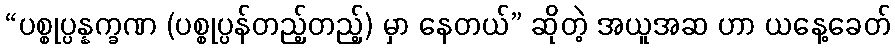
“ပစ္စုပ္ပန္နက္ခဏ (ပစ္စုပ္ပန်တည့်တည့်) မှာ နေတယ်” ဆိုတဲ့ အယူအဆ ဟာ ယနေ့ခေတ်